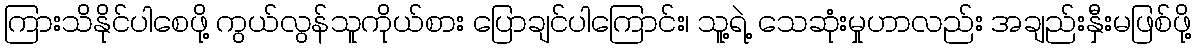
ကြားသိနိုင်ပါစေဖို့ ကွယ်လွန်သူကိုယ်စား ပြောချင်ပါကြောင်း၊ သူ့ရဲ့ သေဆုံးမှုဟာလည်း အချည်းနှီးမဖြစ်ဖို့